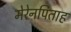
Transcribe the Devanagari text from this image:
मेरेनपिताह